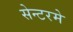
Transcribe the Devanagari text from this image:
सेन्टरमे